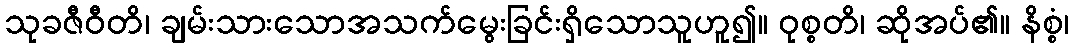
သုခဇီဝီတိ၊ ချမ်းသားသောအသက်မွေးခြင်းရှိသောသူဟူ၍။ ဝုစ္စတိ၊ ဆိုအပ်၏။ နိစ္စံ၊